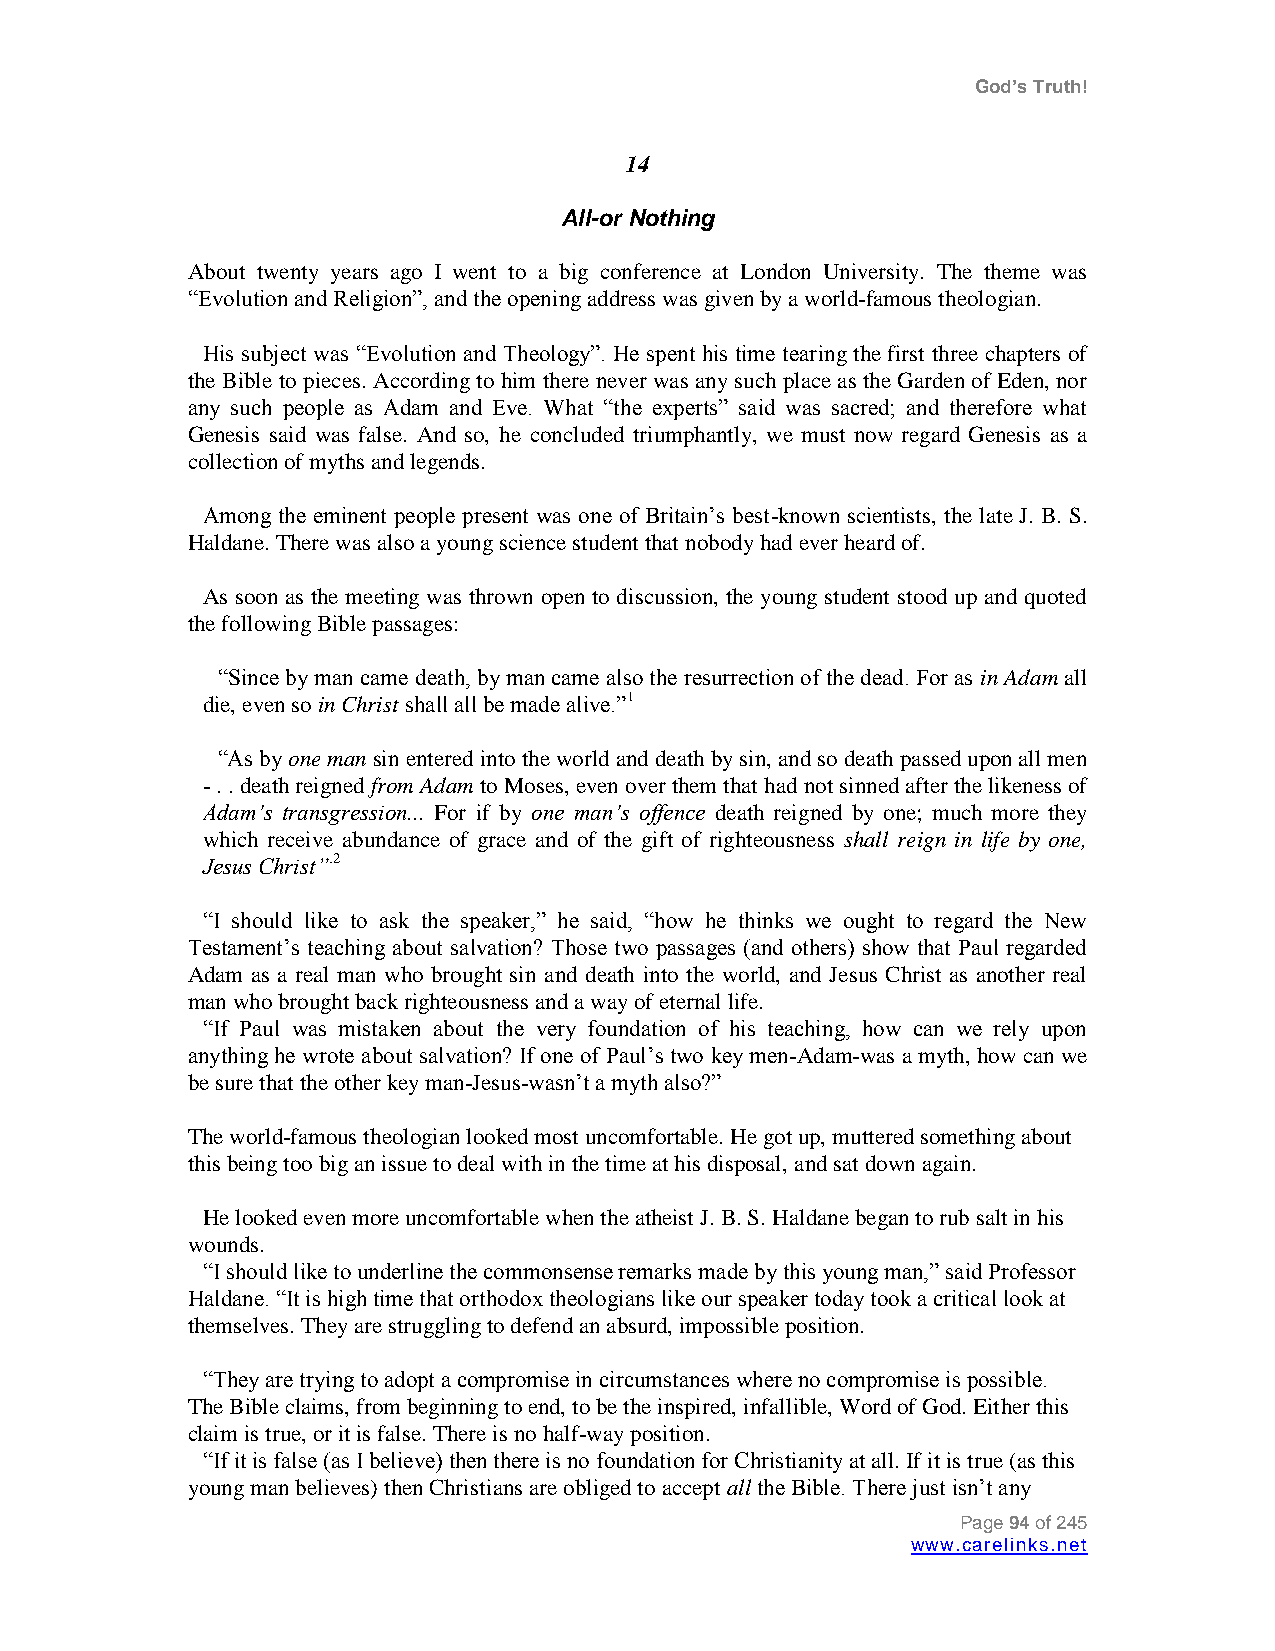
God’s Truth!
 14
 All-or Nothing
 About twenty years ago I went to a big conference at London University. The theme was
 “Evolution and Religion”, and the opening address was given by a world-famous theologian.
 His subject was “Evolution and Theology”. He spent his time tearing the first three chapters of
 the Bible to pieces. According to him there never was any such place as the Garden of Eden, nor
 any such people as Adam and Eve. What “the experts” said was sacred; and therefore what
 Genesis said was false. And so, he concluded triumphantly, we must now regard Genesis as a
 collection of myths and legends.
 Among the eminent people present was one of Britain‟s best-known scientists, the late J. B. S.
 Haldane. There was also a young science student that nobody had ever heard of.
 As soon as the meeting was thrown open to discussion, the young student stood up and quoted
 the following Bible passages:
 “Since by man came death, by man came also the resurrection of the dead. For as in Adam all
 die, even so in Christ shall all be made alive.”1
 “As by one man sin entered into the world and death by sin, and so death passed upon all men
 - . . death reigned from Adam to Moses, even over them that had not sinned after the likeness of
 Adam‟s transgression... For if by one man‟s offence death reigned by one; much more they
 which receive abundance of grace and of the gift of righteousness shall reign in life by one,
 Jesus Christ”.2
 “I should like to ask the speaker,” he said, “how he thinks we ought to regard the New
 Testament‟s teaching about salvation? Those two passages (and others) show that Paul regarded
 Adam as a real man who brought sin and death into the world, and Jesus Christ as another real
 man who brought back righteousness and a way of eternal life.
 “If Paul was mistaken about the very foundation of his teaching, how can we rely upon
 anything he wrote about salvation? If one of Paul‟s two key men-Adam-was a myth, how can we
 be sure that the other key man-Jesus-wasn‟t a myth also?”
 The world-famous theologian looked most uncomfortable. He got up, muttered something about
 this being too big an issue to deal with in the time at his disposal, and sat down again.
 He looked even more uncomfortable when the atheist J. B. S. Haldane began to rub salt in his
 wounds.
 “I should like to underline the commonsense remarks made by this young man,” said Professor
 Haldane. “It is high time that orthodox theologians like our speaker today took a critical look at
 themselves. They are struggling to defend an absurd, impossible position.
 “They are trying to adopt a compromise in circumstances where no compromise is possible.
 The Bible claims, from beginning to end, to be the inspired, infallible, Word of God. Either this
 claim is true, or it is false. There is no half-way position.
 “If it is false (as I believe) then there is no foundation for Christianity at all. If it is true (as this
 young man believes) then Christians are obliged to accept all the Bible. There just isn‟t any
 Page 94 of 245
 www.carelinks.net